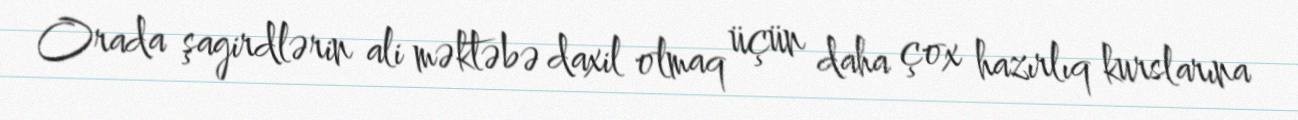
Orada şagirdlərin ali məktəbə daxil olmaq üçün daha çox hazırlıq kurslarına